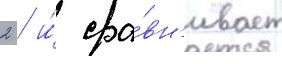
2 / и́ сра́вн'ивает